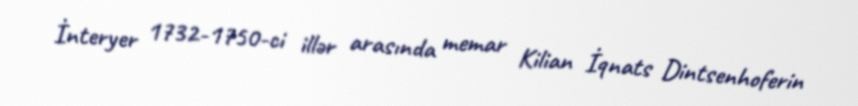
İnteryer 1732-1750-ci illər arasında memar Kilian İqnats Dintsenhoferin